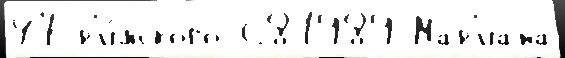
47 р'и́мского 681989 Мар'иана